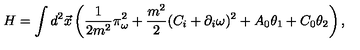
H = \int d ^ { 2 } \vec { x } \left( \frac 1 { 2 m ^ { 2 } } \pi _ { \omega } ^ { 2 } + \frac { m ^ { 2 } } { 2 } ( C _ { i } + \partial _ { i } \omega ) ^ { 2 } + A _ { 0 } \theta _ { 1 } + C _ { 0 } \theta _ { 2 } \right) ,